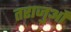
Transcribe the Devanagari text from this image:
तराजुओं